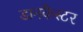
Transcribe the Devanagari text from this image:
डानकैस्टर